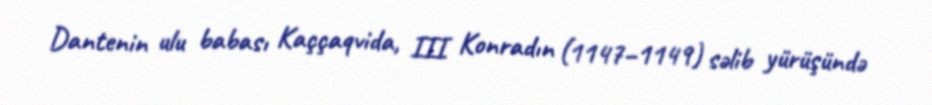
Dantenin ulu babası Kaççaqvida, III Konradın (1147–1149) səlib yürüşündə